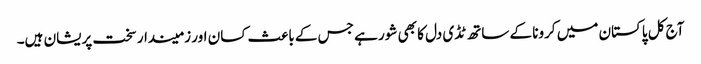
آج کل پاکستان میں کرونا کے ساتھ ٹڈی دل کا بھی شور ہے جس کے باعث کسان اور زمیندار سخت پریشان ہیں۔